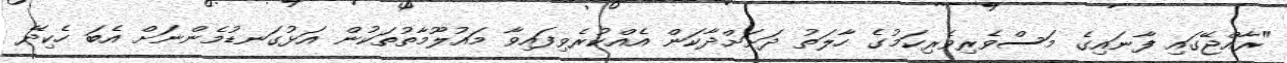
"ރާއްޖޭގައި ފާނައިގެ މަސްވެރިވެރިކަމުގެ ހާލަތު ދަށަށްދާކަން އެއްކުރެވިފައިވާ މައުލޫމާތުތަކުން އަޅުގަނޑުމެންނަށް އެބަ ހެކިދޭ